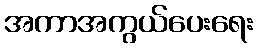
အကာအကွယ်ပေးရေး